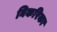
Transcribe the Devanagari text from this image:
निकरिका